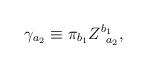
LaTeX: \begin{align*}\gamma _{a_{2}}\equiv \pi _{b_{1}}Z_{\;\;a_{2}}^{b_{1}}, \end{align*}